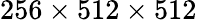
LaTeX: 256\times 512\times 512